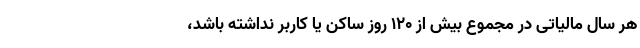
هر سال مالیاتی در مجموع بیش از ۱۲۰ روز ساکن یا کاربر نداشته باشد،